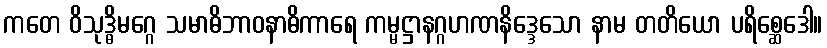
ကတေ ဝိသုဒ္ဓိမဂ္ဂေ သမာဓိဘာဝနာဓိကာရေ ကမ္မဋ္ဌာနဂ္ဂဟဏနိဒ္ဒေသော နာမ တတိယော ပရိစ္ဆေဒေါ။